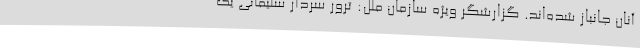
آنان جانباز شده‌اند. گزارشگر ویژه سازمان ملل: ترور سردار سلیمانی یک